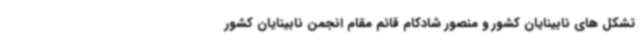
تشکل های نابینایان کشور و منصور شادکام قائم مقام انجمن نابینایان کشور